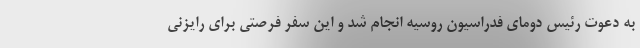
به دعوت رئیس دومای فدراسیون روسیه انجام شد و این سفر فرصتی برای رایزنی